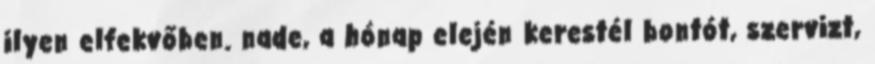
ilyen elfekvőben. nade, a hónap elején kerestél bontót, szervizt,